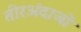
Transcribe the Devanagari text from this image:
तीरअंदाजों